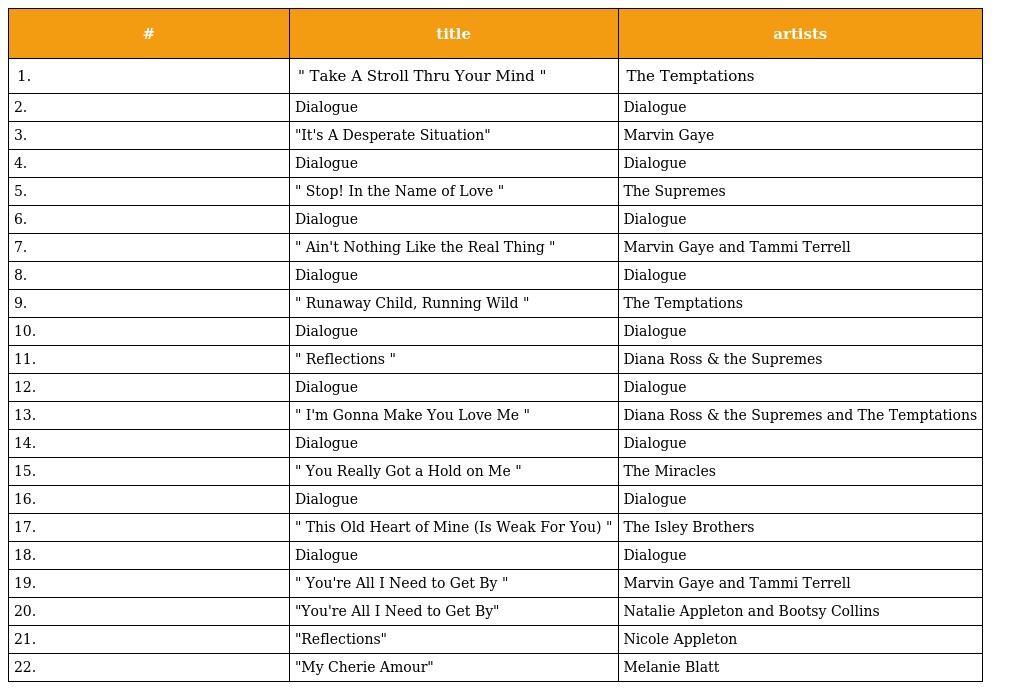
| # | title | artists |
 | --- | --- | --- |
 | 1. | " Take A Stroll Thru Your Mind " | The Temptations |
 | 2. | Dialogue | Dialogue |
 | 3. | "It's A Desperate Situation" | Marvin Gaye |
 | 4. | Dialogue | Dialogue |
 | 5. | " Stop! In the Name of Love " | The Supremes |
 | 6. | Dialogue | Dialogue |
 | 7. | " Ain't Nothing Like the Real Thing " | Marvin Gaye and Tammi Terrell |
 | 8. | Dialogue | Dialogue |
 | 9. | " Runaway Child, Running Wild " | The Temptations |
 | 10. | Dialogue | Dialogue |
 | 11. | " Reflections " | Diana Ross & the Supremes |
 | 12. | Dialogue | Dialogue |
 | 13. | " I'm Gonna Make You Love Me " | Diana Ross & the Supremes and The Temptations |
 | 14. | Dialogue | Dialogue |
 | 15. | " You Really Got a Hold on Me " | The Miracles |
 | 16. | Dialogue | Dialogue |
 | 17. | " This Old Heart of Mine (Is Weak For You) " | The Isley Brothers |
 | 18. | Dialogue | Dialogue |
 | 19. | " You're All I Need to Get By " | Marvin Gaye and Tammi Terrell |
 | 20. | "You're All I Need to Get By" | Natalie Appleton and Bootsy Collins |
 | 21. | "Reflections" | Nicole Appleton |
 | 22. | "My Cherie Amour" | Melanie Blatt |